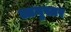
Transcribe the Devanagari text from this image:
आयुस्तर